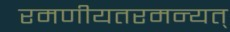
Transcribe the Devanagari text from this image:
रमणीयतरमन्यत्